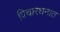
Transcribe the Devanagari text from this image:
विचारधनात